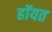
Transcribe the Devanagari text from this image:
हॉयत